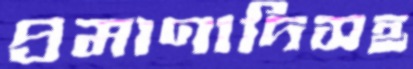
প্রমাণাদিসহ